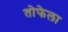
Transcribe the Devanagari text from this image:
तोफेला